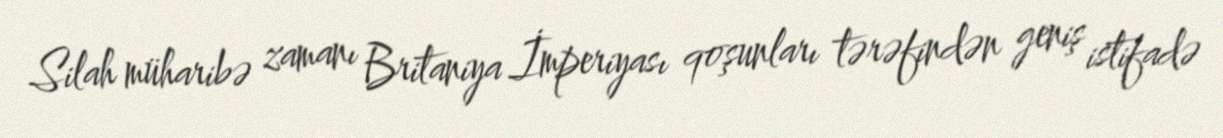
Silah müharibə zamanı Britaniya İmperiyası qoşunları tərəfindən geniş istifadə